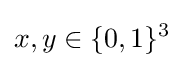
x,y\in \{0,1\}^{3}